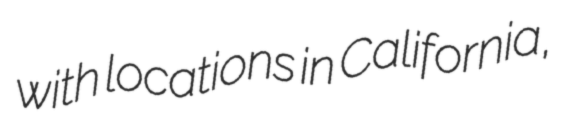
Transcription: with locations in California,